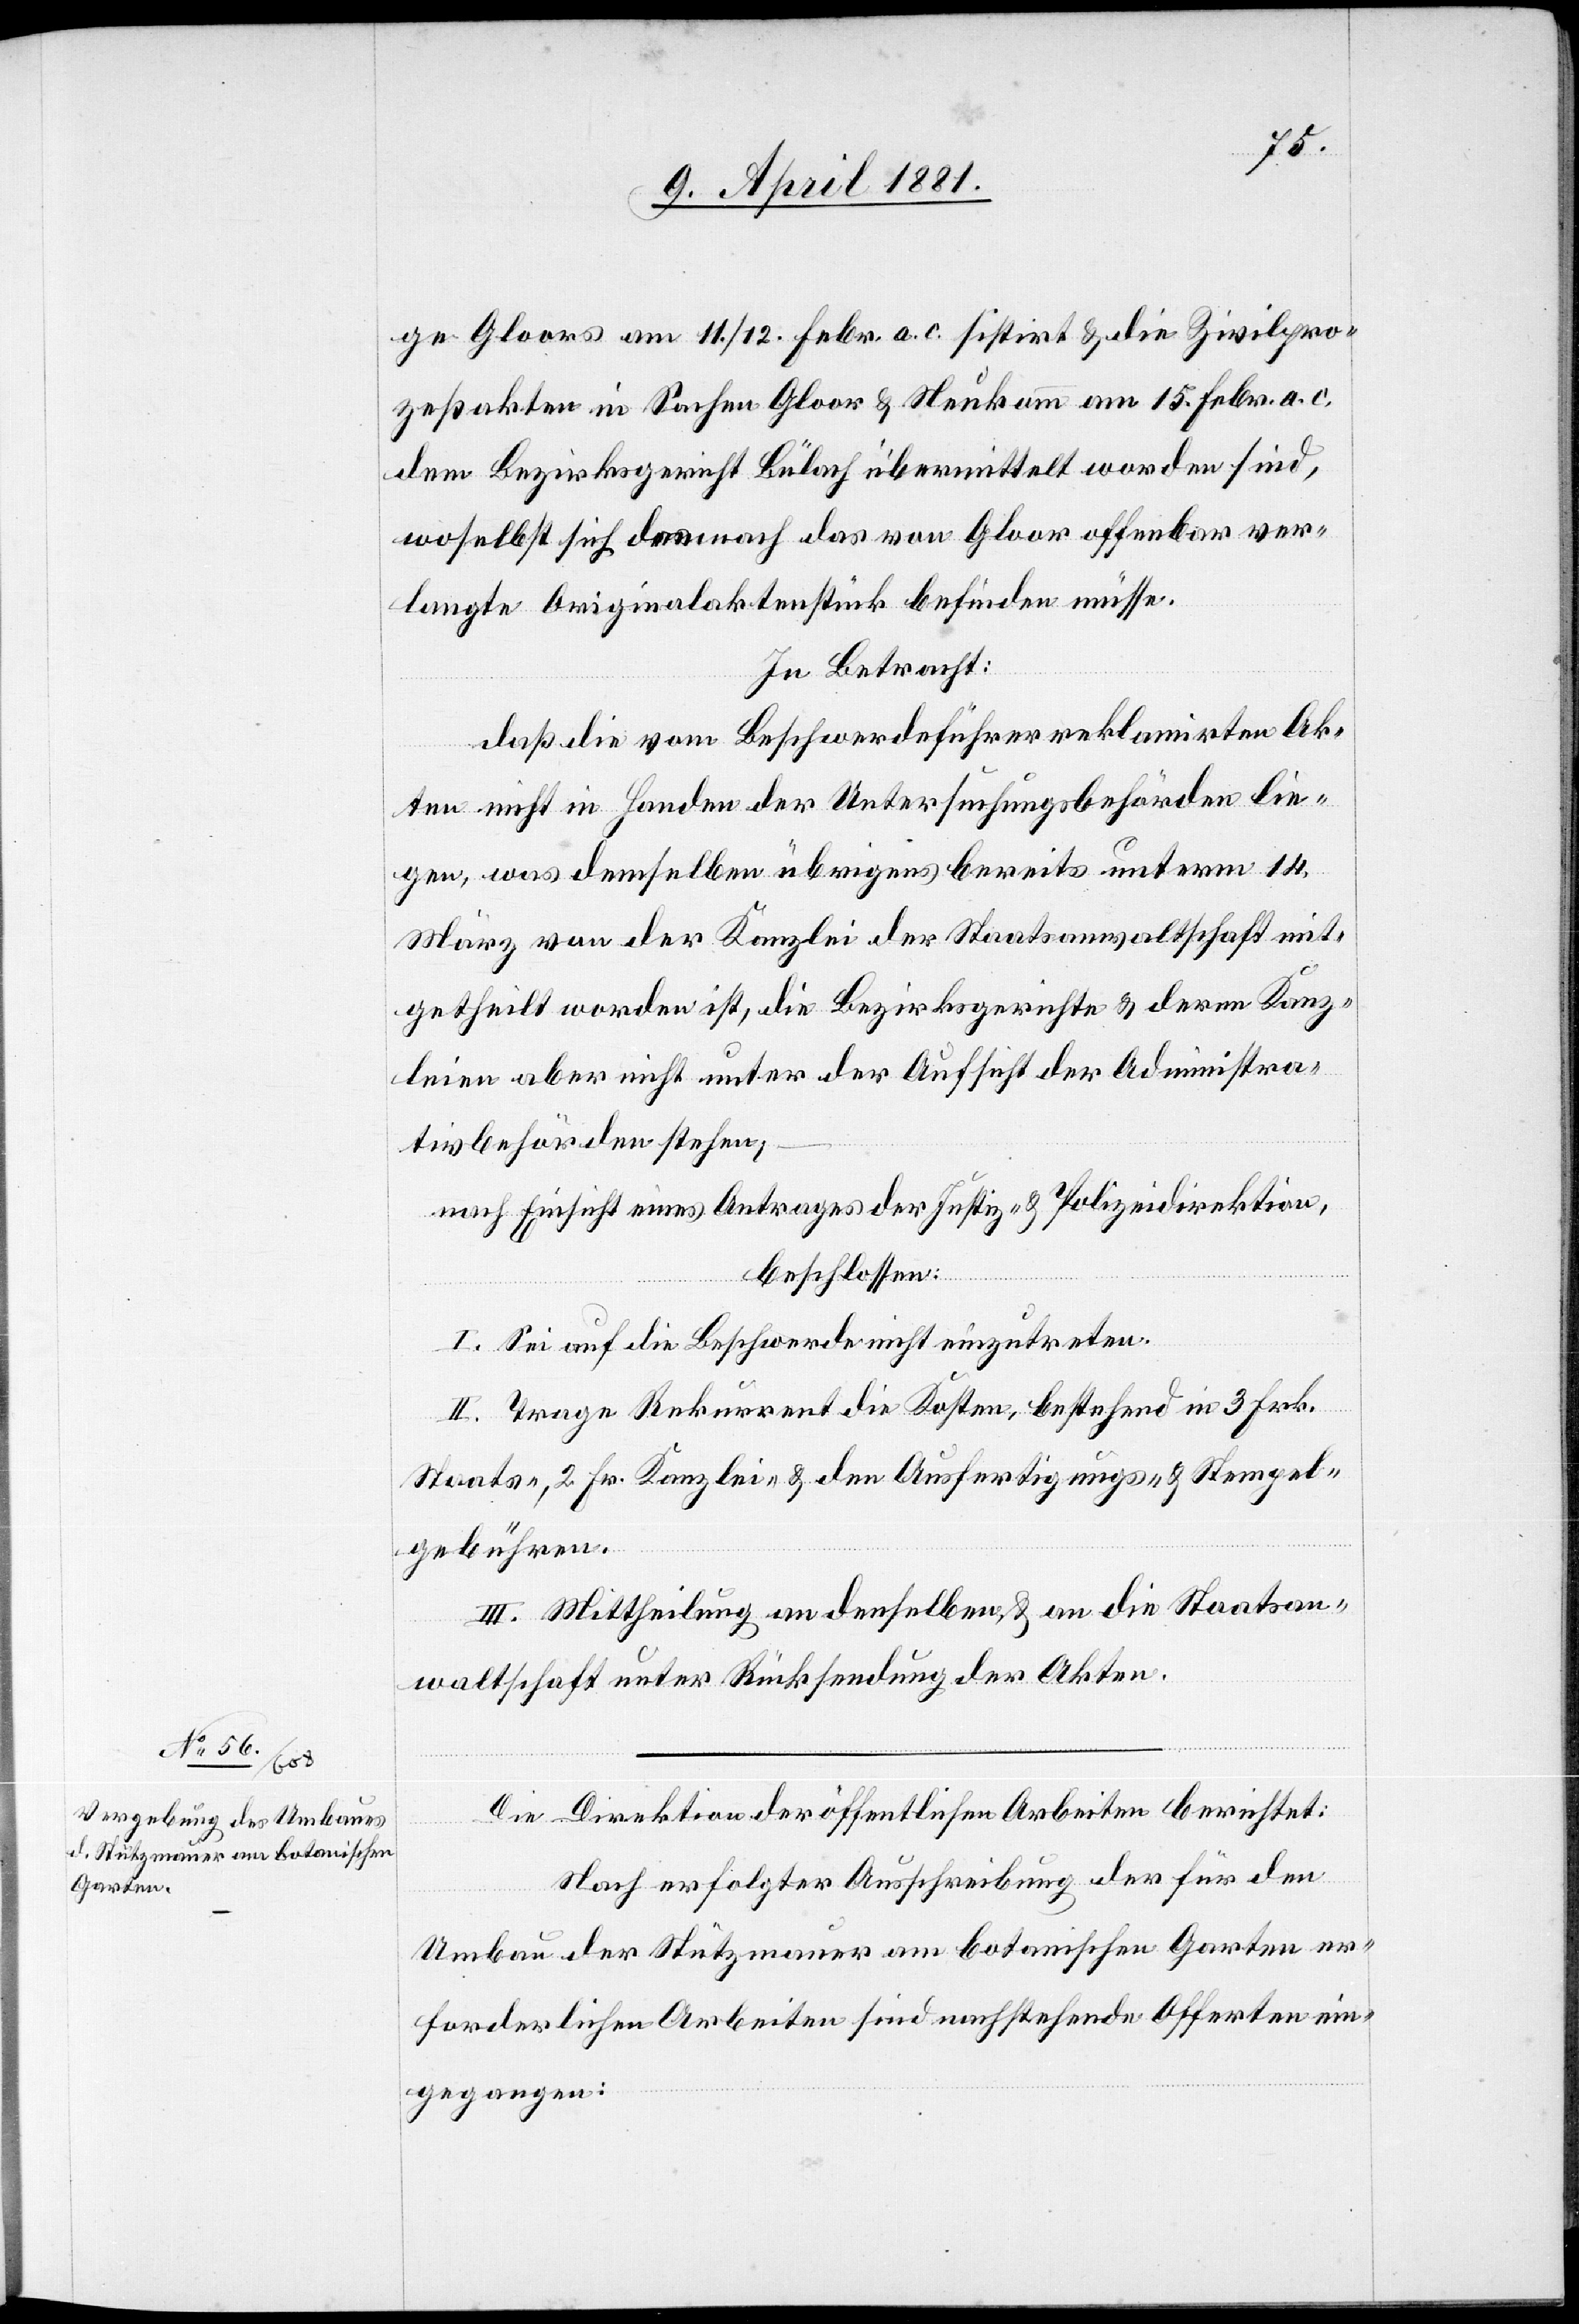
ge Gloors am 11./12. Febr. a. c. sistirt & die Zivilpro¬
zeßakten in Sachen Gloor & Neukomm am 15. Febr. a. c.
dem Bezirksgericht Bülach übermittelt worden sind,
woselbst sich demnach das von Gloor offenbar ver¬
langte Originalaktenstück befinden müsse.
In Betracht:
daß die vom Beschwerdeführer reklamirten Ak¬
ten nicht in Handen der Untersuchungsbehörden lie¬
gen, was demselben übrigens bereits unterm 14.
März von der Kanzlei der Staatsanwaltschaft mit¬
getheilt worden ist, die Bezirksgerichte & deren Kanz¬
leien aber nicht unter der Aufsicht der Administra¬
tion befunden stehen,
nach Einsicht eines Antrages der Justiz- & Polizeidirektion,
beschloßen:
I. Sei auf die Beschwerde nicht einzutreten.
II. Trage Rekurrent die Kosten, bestehend in 3. Frk.
Staats-, 2. Fr. Kanzlei- & den Ausfertigungs- & Stempel¬
gebühren.
III. Mittheilung an denselben & an die Staatsan¬
waltschaft unter Rücksendung der Akten.
Die Direktion öffentlichen Arbeiten berichtet:
Nach erfolgter Ausschreibung der für den
Umbau der Stützmauer am Botanischen Garten er¬
forderlichen Arbeiten sind nachstehende Offerten ein¬
gegangen: